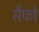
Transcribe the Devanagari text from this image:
सैफो